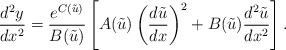
\begin{align*}\frac{d^{2}y}{dx^{2}} = \frac{e^{C(\tilde{u})}}{B(\tilde{u})}\left[ A(\tilde{u})\left( \frac{d\tilde{u}}{dx} \right)^{2} + B(\tilde{u})\frac{d^{2}\tilde{u}}{dx^{2}} \right]. \end{align*}